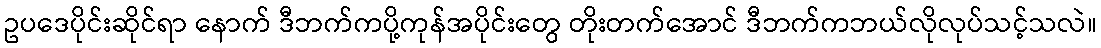
ဥပဒေပိုင်းဆိုင်ရာ နောက် ဒီဘက်ကပို့ကုန်အပိုင်းတွေ တိုးတက်အောင် ဒီဘက်ကဘယ်လိုလုပ်သင့်သလဲ။